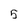
Character: 5